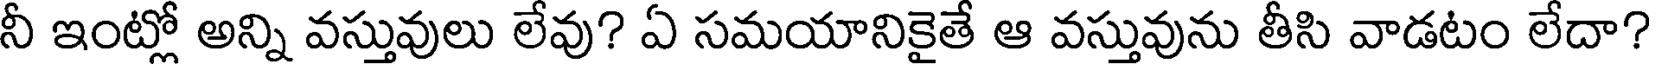
నీ ఇంట్లో అన్ని వస్తువులు లేవు? ఏ సమయానికైతే ఆ వస్తువును తీసి వాడటం లేదా?